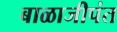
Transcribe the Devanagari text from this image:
बाळाजीपंत